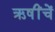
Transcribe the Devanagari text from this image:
ऋषींचें